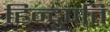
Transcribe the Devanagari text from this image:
हिन्दुपति